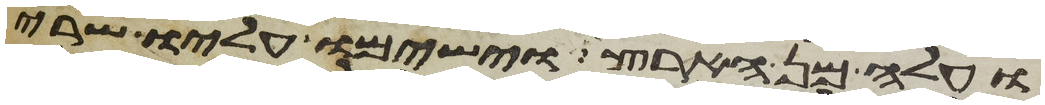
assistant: ועלה מן הארץ וישמו עליו שרי